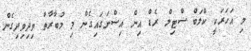
މި އަހަރަކީ ކްލަބް ސްޓިލް ރެޑް އިން އިސްނަގައިގެން މި މުބާރާތް ވިދިވިދިގެން